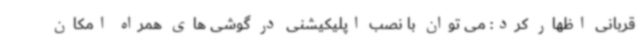
قربانی اظهار کرد: می توان با نصب اپلیکیشنی در گوشی های همراه امکان